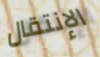
الإنتقال